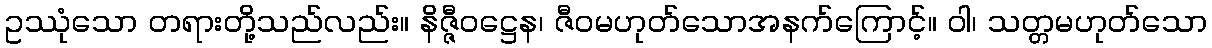
ဥဿုံသော တရားတို့သည်လည်း။ နိဇ္ဇီဝဋ္ဌေန၊ ဇီဝမဟုတ်သောအနက်ကြောင့်။ ဝါ၊ သတ္တမဟုတ်သော